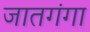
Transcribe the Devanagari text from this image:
जातगंगा